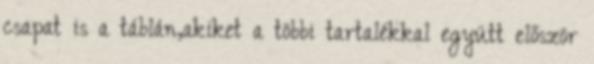
csapat is a táblán,akiket a többi tartalékkal együtt először